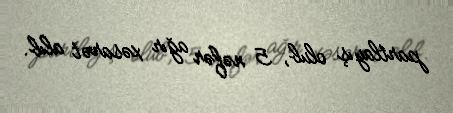
partlayış olub, 5 nəfər ağır xəsarət alıb.